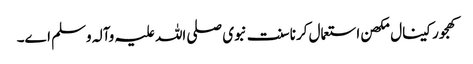
کھجور کینال مکھن استعمال کرنا سنت نبوی صلی اللہ علیہ وآلہ وسلم ا‏‏ے۔